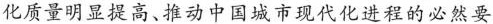
化质量明显提高、推动中国城市现代化进程的必然要